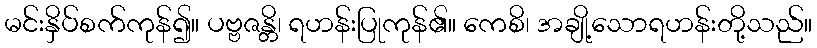
မင်းနှိပ်စက်ကုန်၍။ ပဗ္ဗဇန္တိ၊ ရဟန်းပြုကုန်၏။ ကေစိ၊ အချို့သောရဟန်းတို့သည်။